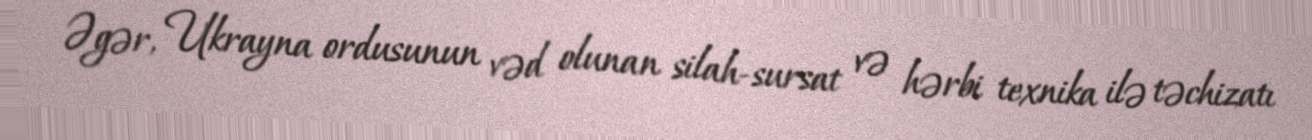
Əgər, Ukrayna ordusunun vəd olunan silah-sursat və hərbi texnika ilə təchizatı